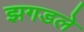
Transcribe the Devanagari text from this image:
झगडले